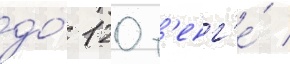
до́ 120 т'енг'е́ /